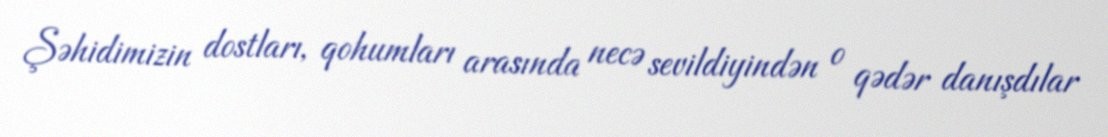
Şəhidimizin dostları, qohumları arasında necə sevildiyindən o qədər danışdılar